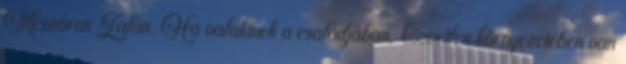
Mészáros Zalán. Ha valakinek a családjában, közvetlen környezetében van